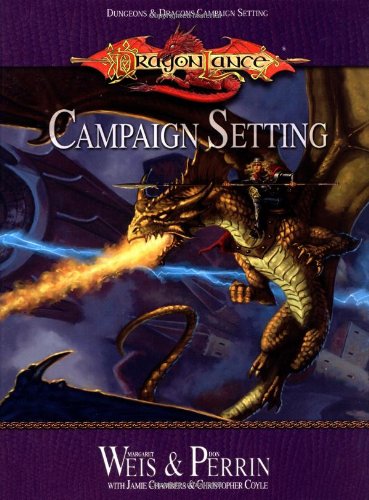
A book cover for Dragonlance Campaign Setting (Dungeon & Dragons Roleplaying Game: Campaigns); Christopher Coyle; Science Fiction & Fantasy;